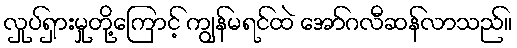
လှုပ်ရှားမှုတို့ကြောင့် ကျွန်မရင်ထဲ အော်ဂလီဆန်လာသည်။